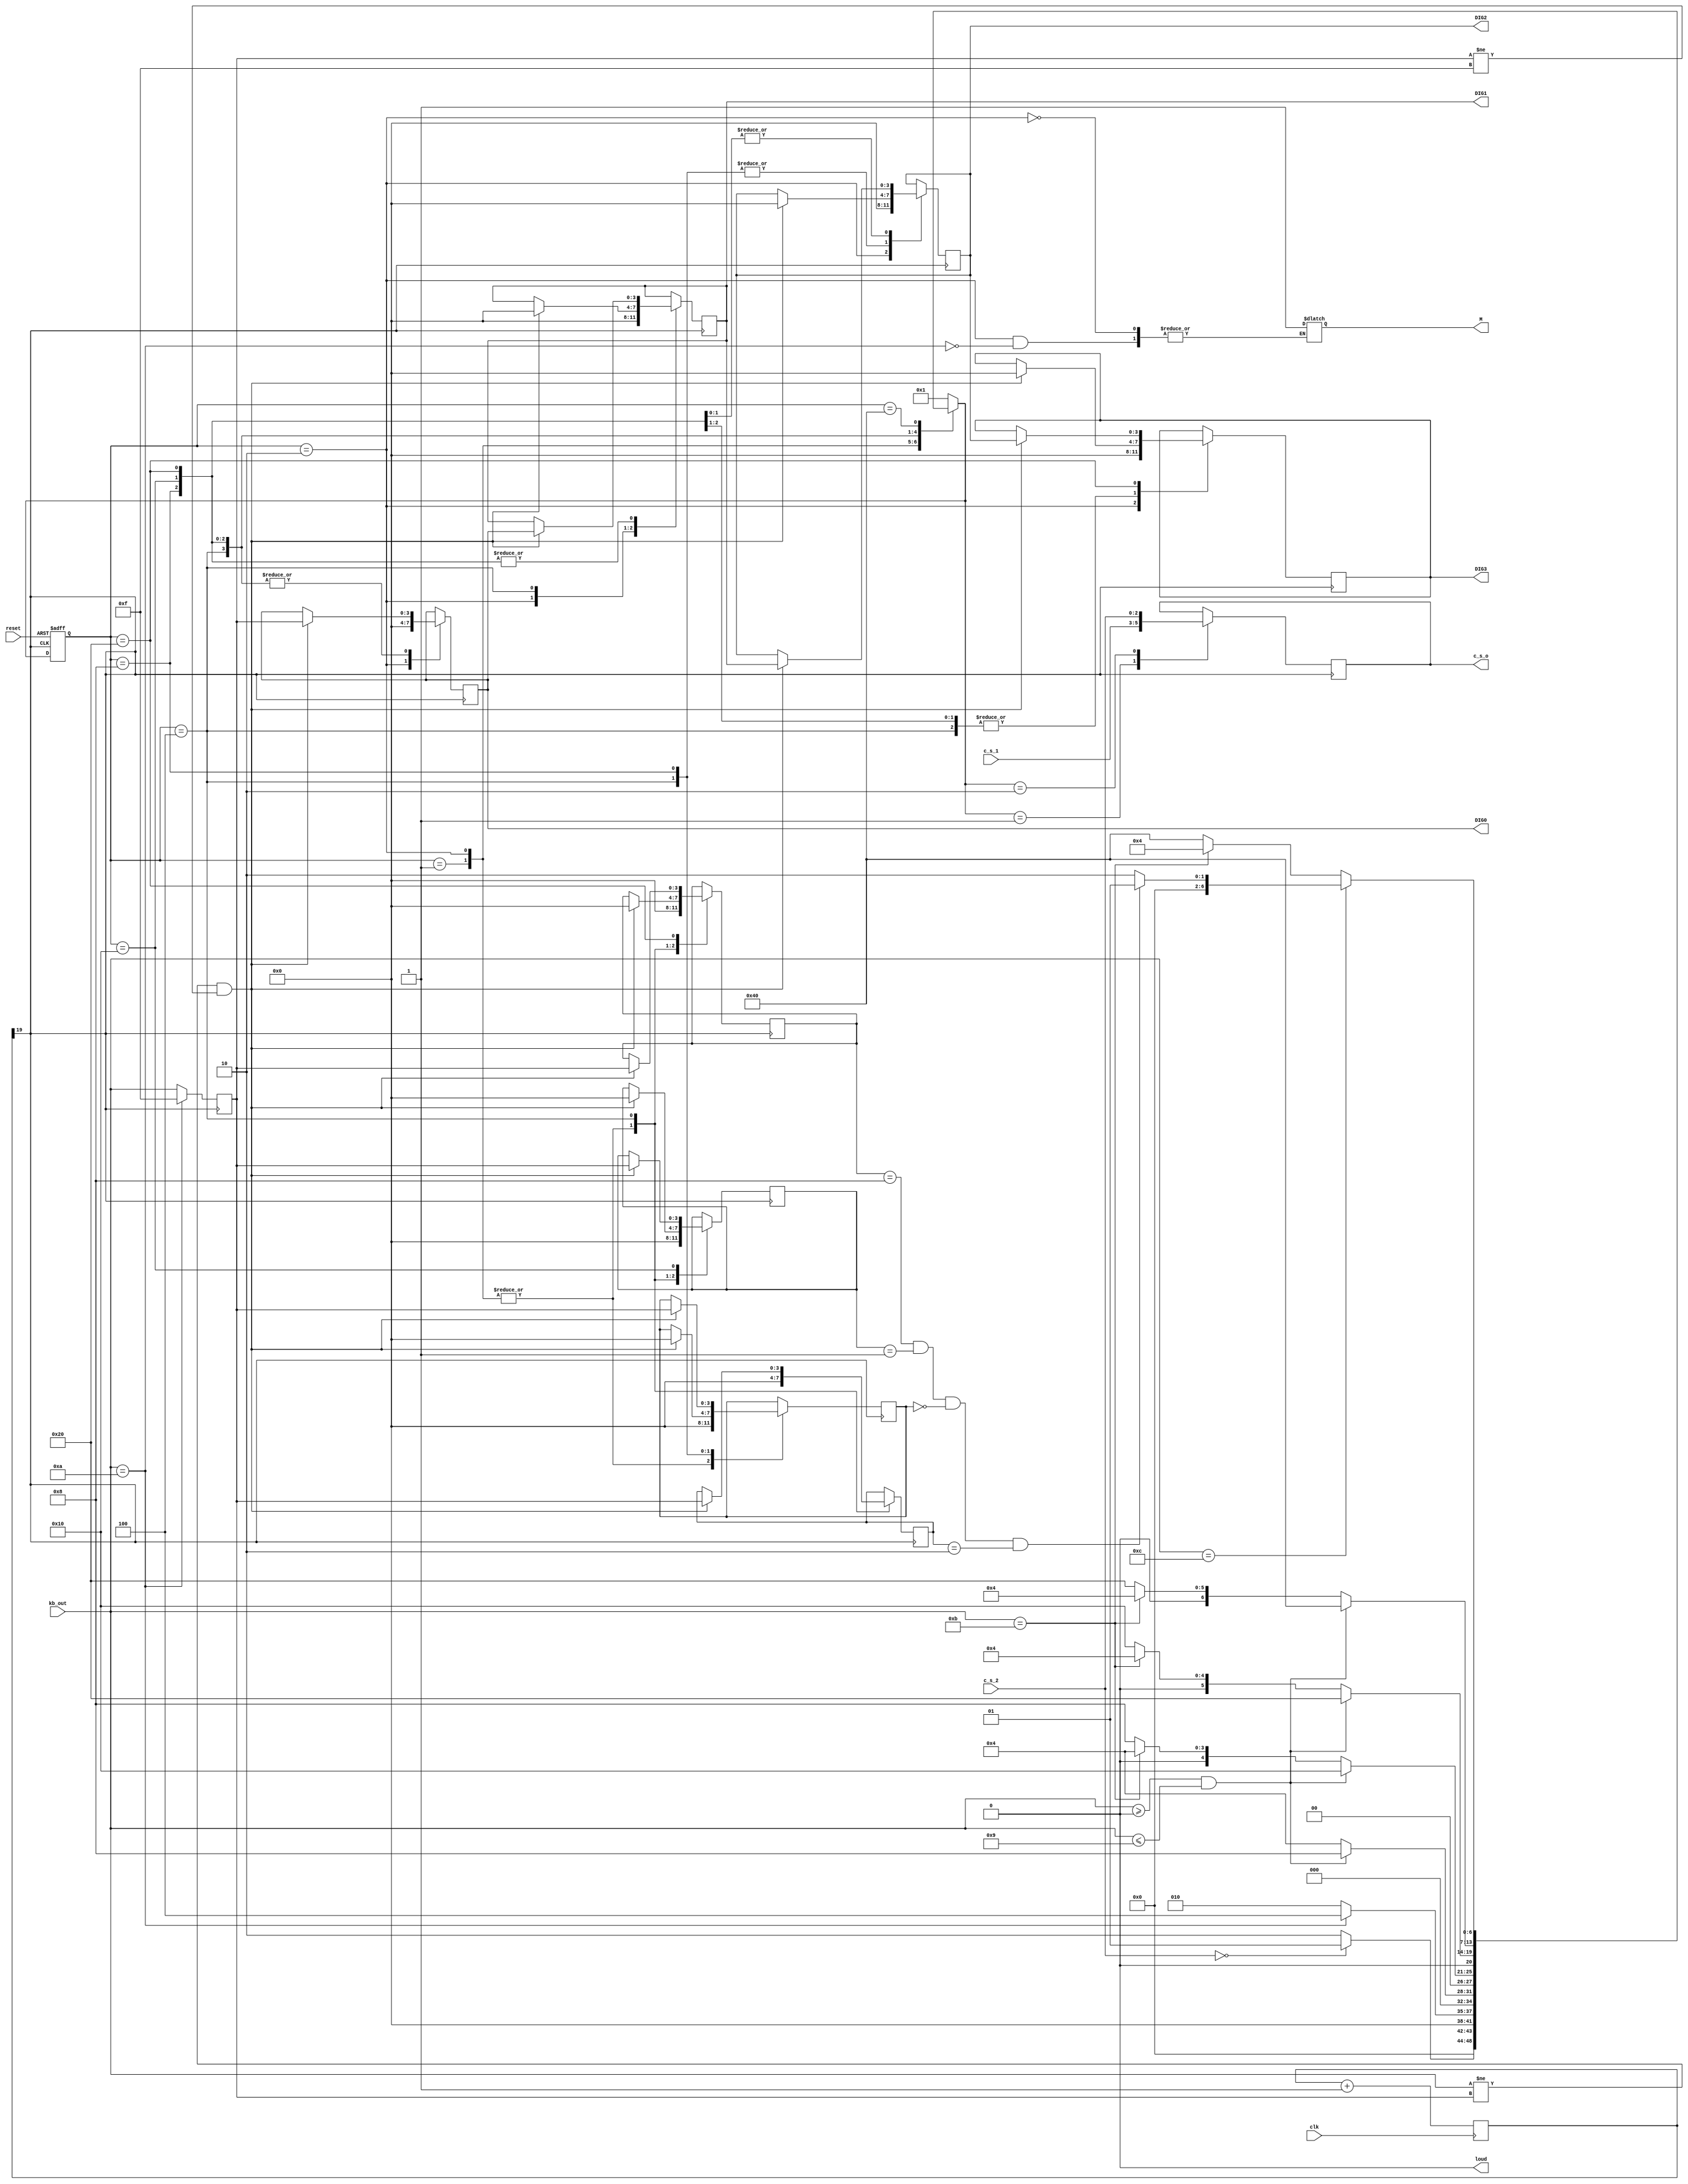
module c1of2(
input [2:0] c_s_1,
input [2:0] c_s_2,
input [3:0] kb_out,	
input clk,
input reset,
output reg [2:0] c_s_o,
output reg [3:0] DIG3,DIG2,DIG1,DIG0,
output reg loud,
output reg M
//output reset
);

//
reg[19:0] count;

always @ (posedge clk)
		begin
			count<=count+1'b1;
		end

wire key_clk=count[19];				//f=50MHz/2^20=47Hz T=21ms
//

parameter WORK1=7'b0000001;	
parameter WORK2=7'b0000010;	
parameter NUM1=7'b0000100;
parameter NUM2=7'b0001000;
parameter NUM3=7'b0010000;
parameter NUM4=7'b0100000;
parameter ENSURE=7'b1000000;

reg [6:0] current,next;
reg [3:0] IN_PSWD_0;
reg [3:0] IN_PSWD_1;
reg [3:0] IN_PSWD_2;
reg [3:0] IN_PSWD_3;
reg [3:0] PSWD_0;
reg [3:0] PSWD_1;
reg [3:0] PSWD_2;
reg [3:0] PSWD_3;
reg [3:0] num;

initial
begin
PSWD_0 <= 4'h2;
PSWD_1 <= 4'h0;
PSWD_2 <= 4'h1;
PSWD_3 <= 4'h8;
DIG0 <= 0;
DIG1 <= 0;
DIG2 <= 0;
DIG3 <= 0;
//M <= 0;
current <= WORK1;
next <= WORK1;
IN_PSWD_0 <= 0;
IN_PSWD_1 <= 0;
IN_PSWD_2 <= 0;
IN_PSWD_3 <= 0;
num <= 0;
loud <= 0;
end

//
always @ (posedge key_clk, negedge reset)
		begin
		if(!reset)
			current <= WORK1;
		else
			current <= next;
		end
		
//
always @ *//
begin
	case(current)
		WORK1:											
			if(c_s_2 == 0)							
				begin
				next<=WORK1;
				//M <= 0;
				end
			else
				next<=WORK2;
		WORK2:											
			begin
				if(kb_out == 4'ha)	
						begin
						next<=NUM1;
						M <= 1;
						//loud <= 0;
						end
				else
					begin
						next<=WORK2;
						//M<=0;
					end
			end
		NUM1:											
			if(kb_out>=0 && kb_out<=9)	
				begin
				next<=NUM2;
				end
				else if(kb_out==4'hb)
							begin
							next<=NUM1;
							end
						else if(kb_out==4'hf)	
								next<=NUM1;	
									else 
										next <= NUM1;
		NUM2:											
			if(kb_out>=0 && kb_out<=9)	
				begin
				next<=NUM3;
				end
				else if(kb_out==4'hb)						
							begin
							next<=NUM1;
							end
						else if(kb_out==4'hf)	
								next<=NUM2;	
								else 
									next <= NUM2;		
		NUM3:											
			if(kb_out>=0 && kb_out<=9)	
				begin
				next<=NUM4;
				end
				else if(kb_out==4'hb)						
							begin
							next<=NUM1;
							end
						else if(kb_out==4'hf)	
								next<=NUM3;	
									else 
									next <= NUM3;		
		NUM4:											
			if(kb_out>=0 && kb_out<=9)	
				begin
				next<=ENSURE;
				end
				else if(kb_out==4'hb)						
							begin
							next<=NUM1;
							end
						else if(kb_out==4'hf)	
								next<=NUM4;
									else 
									next <= NUM4;			
		ENSURE:		
			begin
			if(kb_out == 4'hc)							
				begin
					if(IN_PSWD_3 == PSWD_3 && IN_PSWD_2 == PSWD_2 && IN_PSWD_1 == PSWD_1 && IN_PSWD_0 == PSWD_0)
						begin
						next <= WORK1;
						//M <= 0;
						end
					else 
						begin
						next <= WORK2;
						//loud <= 1;
						//M <= 1;
						end
						//
				end
			else if(kb_out==4'hb)
					begin				
					next<=NUM1;
					end
					else if(kb_out==4'hf)	
								next<=ENSURE;	
							else
								next<=ENSURE;
			end					
		default:
			next<=WORK1;
	endcase
end

//

always @(posedge key_clk)
begin
	case(next)//
		WORK1:
			c_s_o <= c_s_1;
		WORK2:
				begin
					if(current == WORK1)
						c_s_o <= c_s_2;
					else 
						begin
						c_s_o <= c_s_2;//
						end
				end
		default:;
	endcase
end

always @(posedge key_clk)
begin
	case(current)//
		WORK1:											
				begin		
					IN_PSWD_0 <= 0;
					IN_PSWD_1 <= 0;
					IN_PSWD_2 <= 0;
					IN_PSWD_3 <= 0;
				end
		WORK2:
				begin
					DIG0 <= 0;
					DIG1 <= 0;
					DIG2 <= 0;
					DIG3 <= 0;
					IN_PSWD_0 <= 0;
					IN_PSWD_1 <= 0;
					IN_PSWD_2 <= 0;
					IN_PSWD_3 <= 0;
				end
		NUM1:											
			if(kb_out!= num && num!=4'hf) //  
				begin
					IN_PSWD_0 <= num;
					IN_PSWD_1 <= 0;
					IN_PSWD_2 <= 0;
					IN_PSWD_3 <= 0;
					DIG0 <= num;
					//DIG0 <= IN_PSWD_0;
					DIG1 <= 0;
					DIG2 <= 0;
					DIG3 <= 0;
				end
		NUM2:
			if(kb_out != num && num != 4'hf )				
            begin
					IN_PSWD_1 <= num;
					DIG1 <= DIG0;
					DIG0 <= num;
					//DIG0 <= IN_PSWD_1;
					DIG2 <= 0;
					DIG3 <= 0;
			   end
		NUM3:
			if(kb_out!=num && num!=4'hf) //  
				begin
					IN_PSWD_2 <= num;
					DIG2 <= DIG1;
					DIG1 <= DIG0;
					DIG0 <= num;
					//DIG0 <= IN_PSWD_2;
					DIG3 <= 0;
				end
		NUM4:											
			if(kb_out!= num && num!=4'hf) //  
				begin
					IN_PSWD_3 <= num;
					DIG3 <= DIG2;
					DIG2 <= DIG1;
					DIG1 <= DIG0;
					DIG0 <= num;
					//DIG0 <= IN_PSWD_3;
				end
		ENSURE:
			begin
				//loud <= 1;
			end
		default:;
		endcase
		if(kb_out == 4'ha)							
			num<=4'hf;
		else
			num<=kb_out;
end

endmodule